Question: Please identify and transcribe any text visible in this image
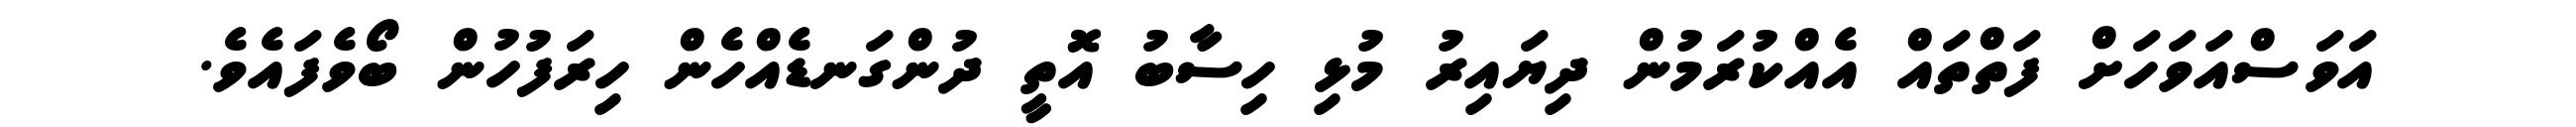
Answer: އަވަސްއަވަހަށް ފަތްތައް އެއްކުރަމުން ދިޔައިރު މުޅި ހިސާބު އޮތީ ދުންގަނޑެއްހެން ހިރަފުހުން ބޯވެފައެވެ.